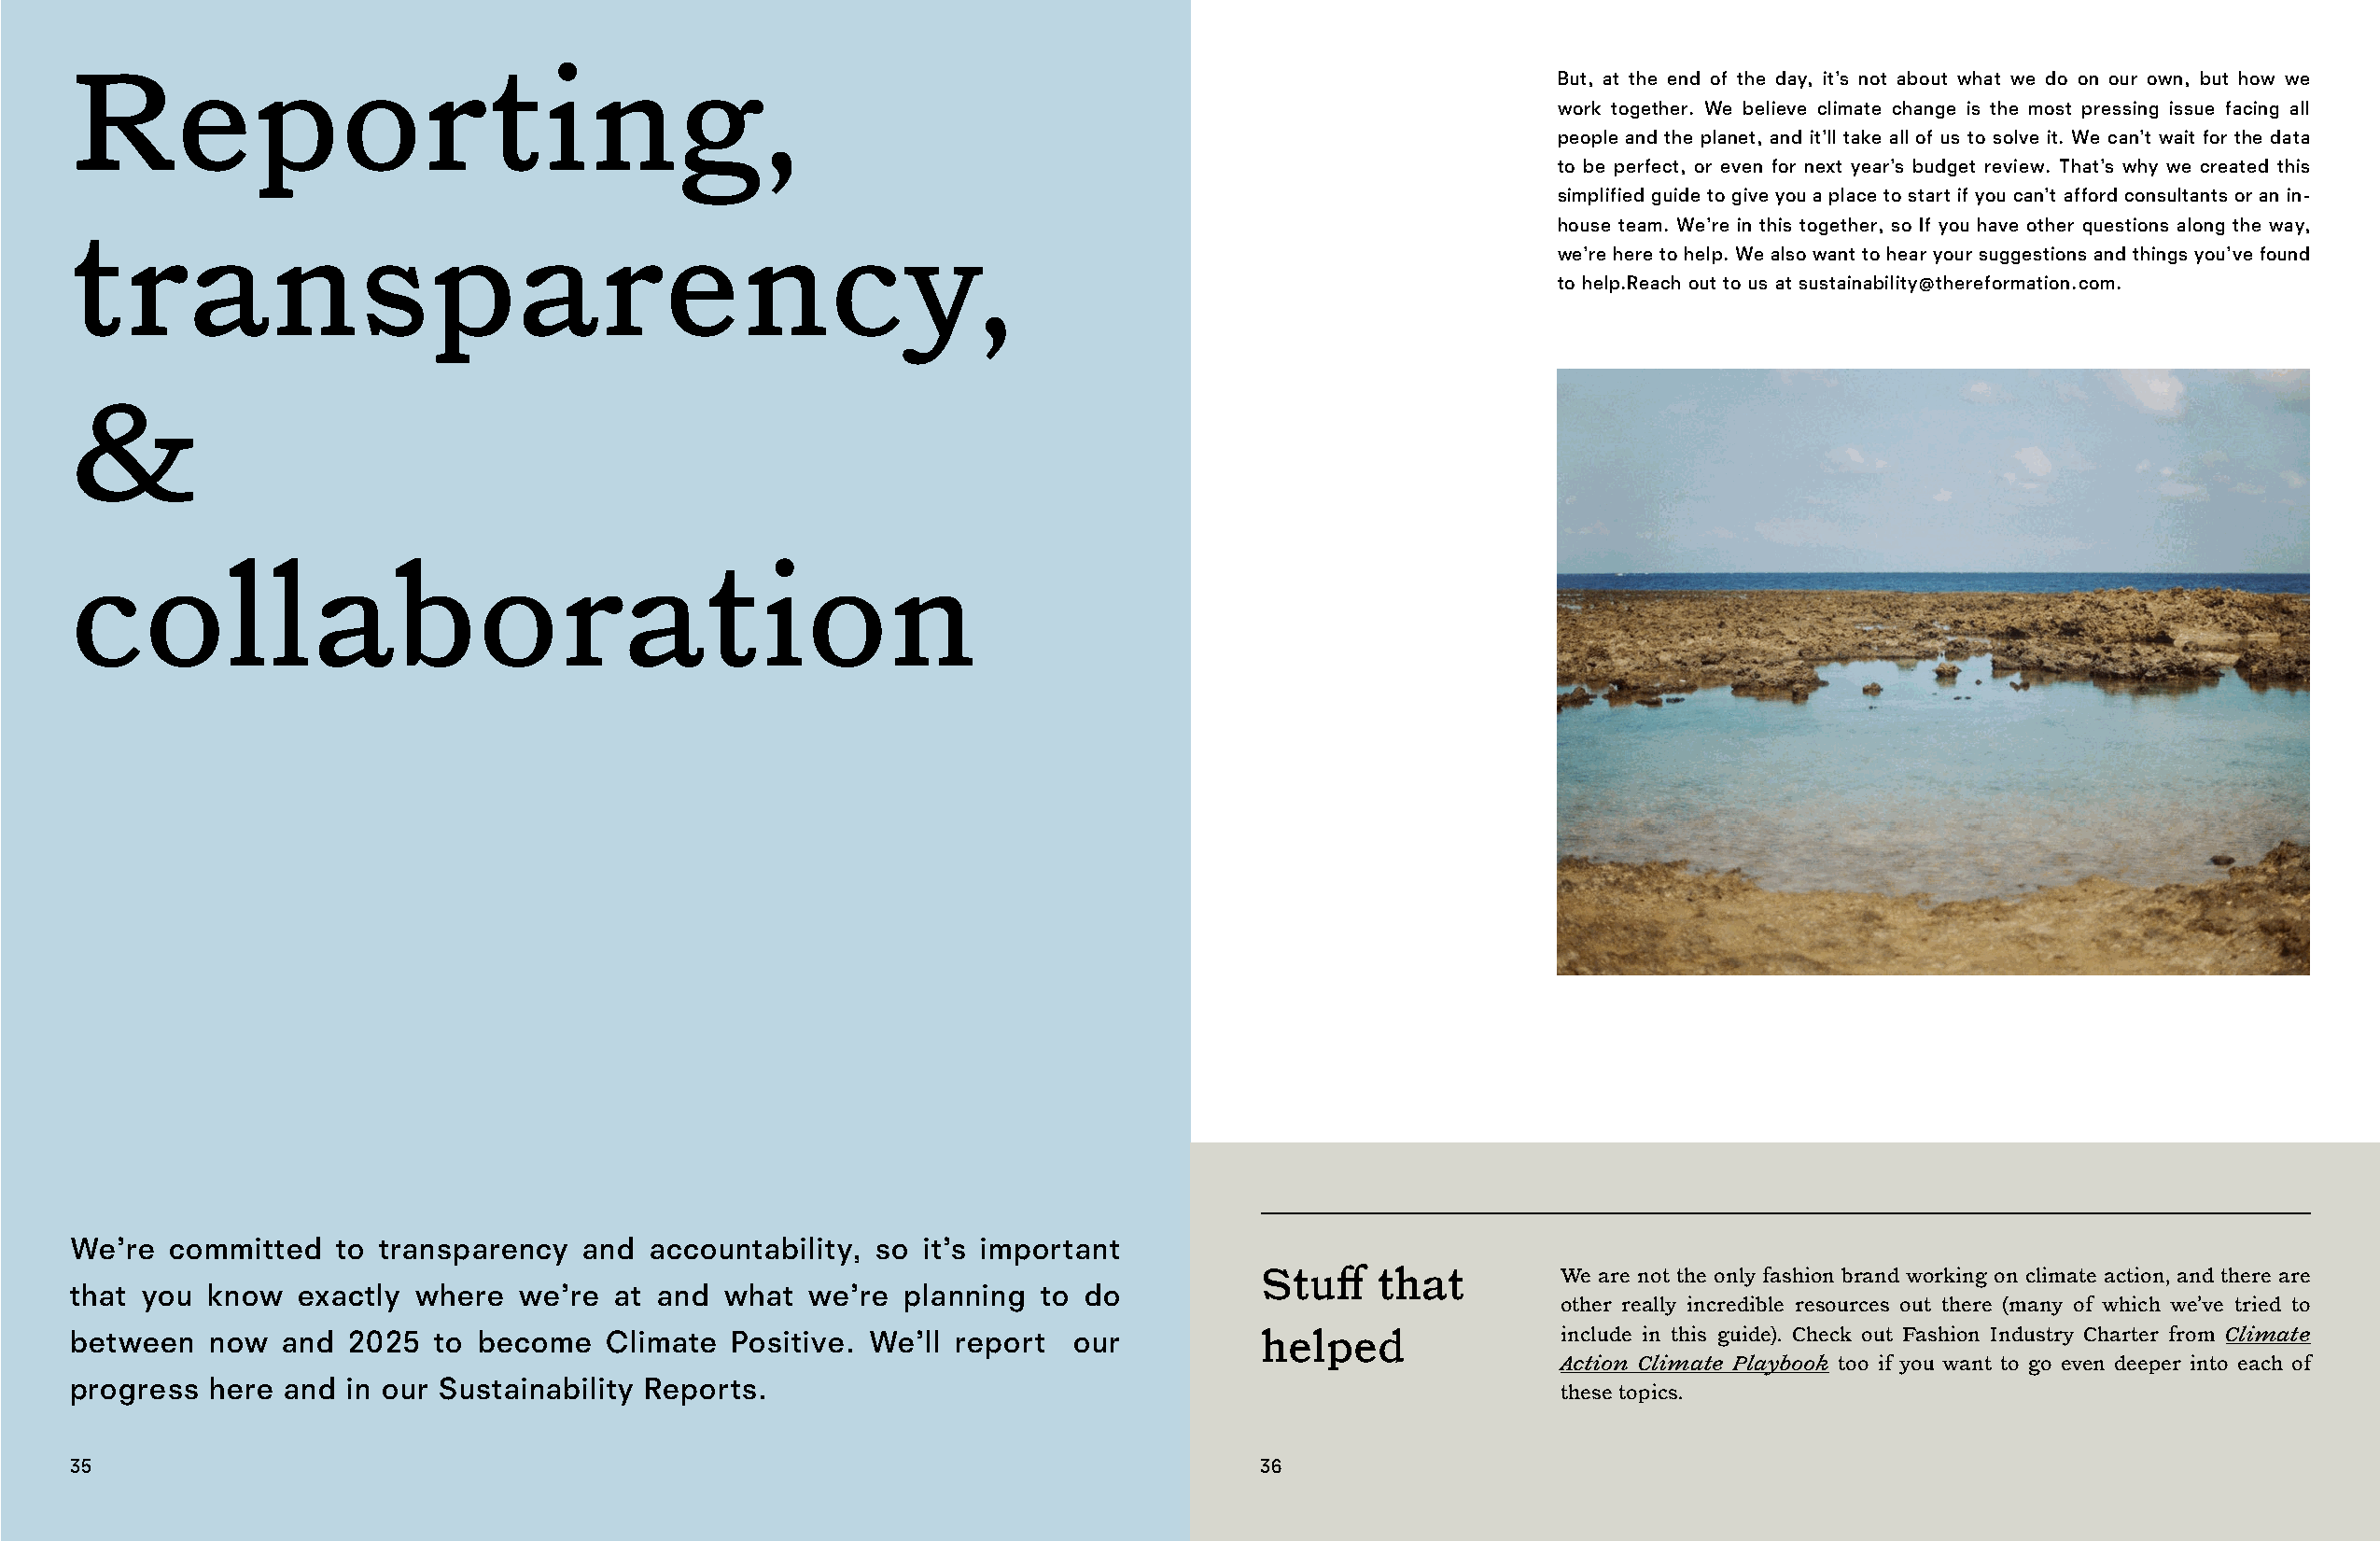
Reporting,                                                                                               But, at the end of the day, it’s not about what we do on our own, but how we
 work together. We believe climate change is the most pressing issue facing all
 people and the planet, and it’ll take all of us to solve it. We can’t wait for the data
 to be perfect, or even for next year’s budget review. That’s why we created this
 simplified guide to give you a place to start if you can’t afford consultants or an in-
 house team. We’re in this together, so If you have other questions along the way,
 transparency,
 we’re here to help. We also want to hear your suggestions and things you’ve found
 to help.Reach out to us at sustainability@thereformation.com.
 &
 collaboration
 We’re  committed   to transparency  and  accountability, so  it’s important
 Stuff    that         We are not the only fashion brand working on climate action, and there are
 that you  know  exactly where   we’re  at and what  we’re  planning  to do
 other really incredible resources out there (many of which we’ve tried to
 between   now  and  2025  to become   Climate  Positive. We’ll report  our          helped                include in this guide). Check out Fashion Industry Charter from Climate
 Action Climate Playbook too if you want to go even deeper into each of
 progress  here and  in our Sustainability Reports.
 these topics.
 35                                                                                  36